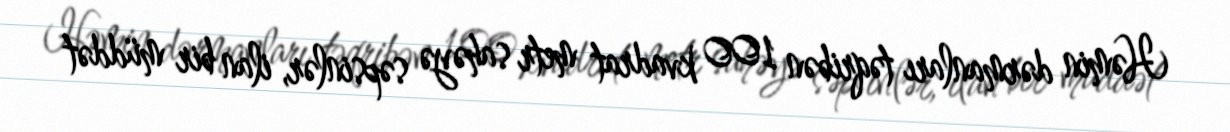
Həmin dərmanları təqribən 100 kvadrat metr sahəyə səpsinlər, ilan bir müddət